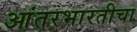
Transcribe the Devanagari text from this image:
आंतरभारतीचा